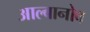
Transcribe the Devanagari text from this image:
आल्बानोव